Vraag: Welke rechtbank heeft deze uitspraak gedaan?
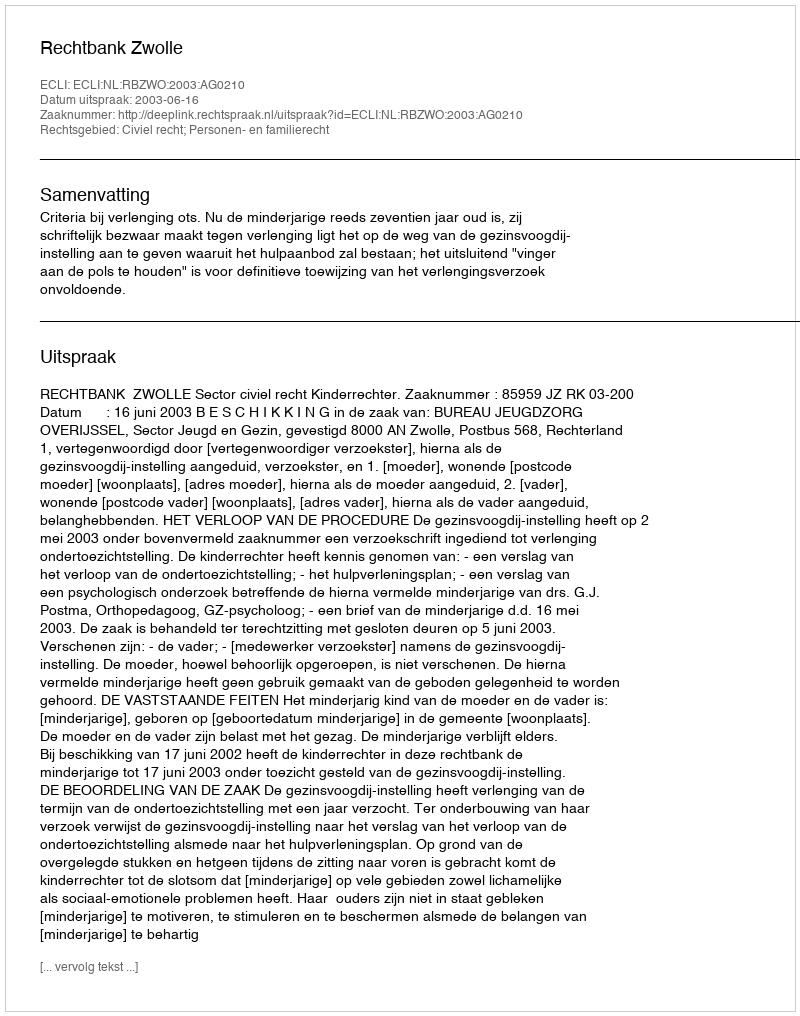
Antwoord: Rechtbank Zwolle